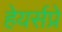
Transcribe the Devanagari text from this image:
हेयर्सप्रे